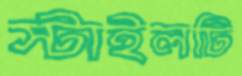
স্টাইলটি